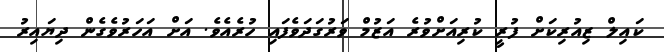
ކައިލް ޒިއުރިކަށް ފުރީ ކުރިއަށްވުރެ އަޒުމް ވަރުގަދަވެފައި ހުރެއެވެ. އަށް އަހަރުވެގެން ދިޔައިރު